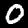
Digit: 0